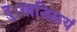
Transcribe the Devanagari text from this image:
दुःखनिलयं